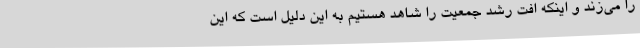
را می‌زند و اینکه افت رشد جمعیت را شاهد هستیم به این دلیل است که این